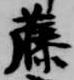
藤